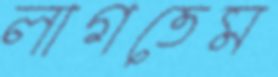
লাগতেম